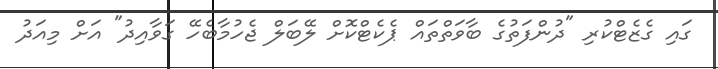
ގައި ގެޒެޓްކުރި "ދުންފަތުގެ ބާވަތްތައް ޕެކެޓްކޮށް ލޭބަލް ޖެހުމާބެހޭ ގަވާއިދު" އަށް މިއަދު